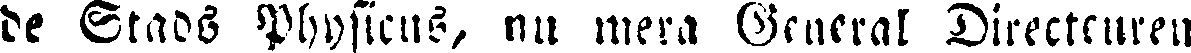
de Stads Physicus, nu mera General Directeuren